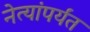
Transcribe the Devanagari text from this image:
नेत्यांपर्यंत